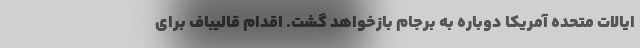
ایالات متحده آمریکا دوباره به برجام بازخواهد گشت. اقدام قالیباف برای